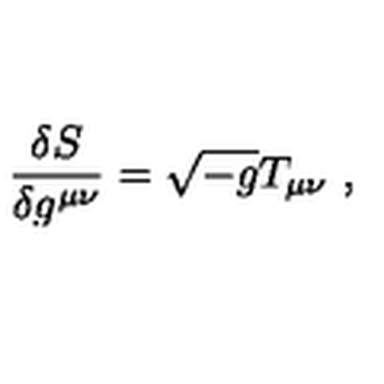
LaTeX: { \frac { \delta S } { \delta g ^ { \mu \nu } } } = \sqrt { - g } T _ { \mu \nu } \ ,